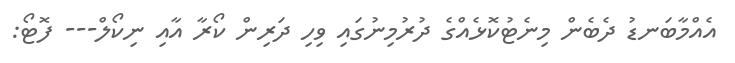
އެއްމާބަނޑު ދެބެން މިނެޓުކޮޅެއްގެ ދުރުމިނުގައި ވިހި ދަރިން ކޯރާ އާއި ނިކޯލް--- ފޮޓޯ: